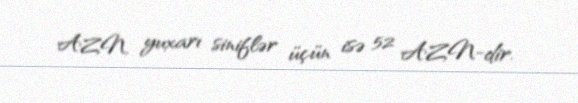
AZN, yuxarı siniflər üçün isə 52 AZN-dir.